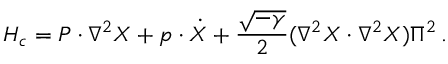
{ \cal H } _ { c } = P \cdot \nabla ^ { 2 } X + p \cdot \dot { X } + { \frac { \sqrt { - \gamma } } { 2 } } ( \nabla ^ { 2 } X \cdot \nabla ^ { 2 } X ) \Pi ^ { 2 } \, .